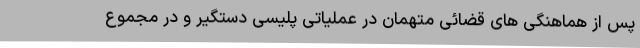
پس از هماهنگی های قضائی متهمان در عملیاتی پلیسی دستگیر و در مجموع